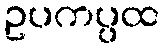
ဥပကပ္ပထ